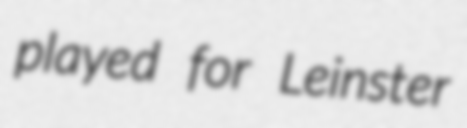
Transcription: played for Leinster